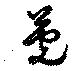
莞